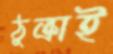
ঠুক্‌রাই